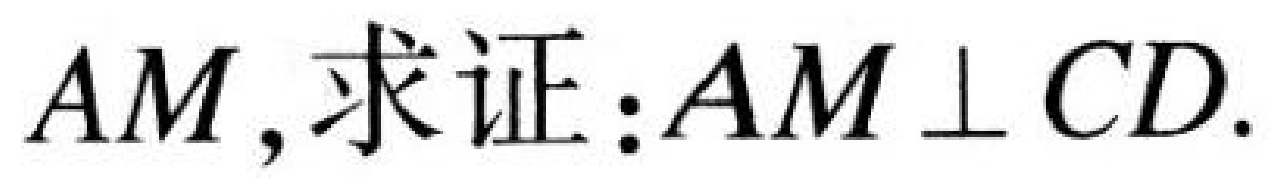
$AM,求证:AM\perp CD.$